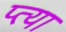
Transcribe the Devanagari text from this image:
प्त्या